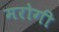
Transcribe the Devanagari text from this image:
मरोगी